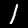
Label: 1